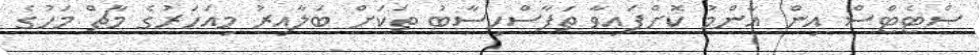
ސްޓެޓްސް އިން އާންމު ކޮށްފައިވާ ތަފާސްހިސާބު ތަކަށް ބަލާއިރު މިއަހަރުގެ މާޗް މަހުގެ